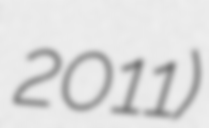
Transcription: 2011)